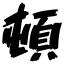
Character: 頓